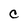
Character: C